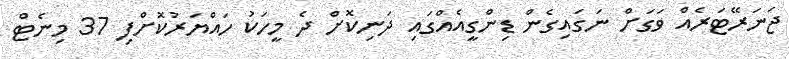
ޖަނަރޭޓަރެއް ވަގަށް ނަގައިގެން ޑިންގީއެއްގައި ދަނިކޮށް ދެ މީހަކު ހައްޔަރުކޮށްފި 37 މިނެޓް